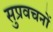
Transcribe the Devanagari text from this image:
सुप्रवचनों